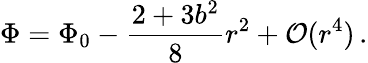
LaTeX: \Phi=\Phi_{0}-\frac{2+3b^{2}}{8}r^{2}+{\cal O}(r^{4})\, .